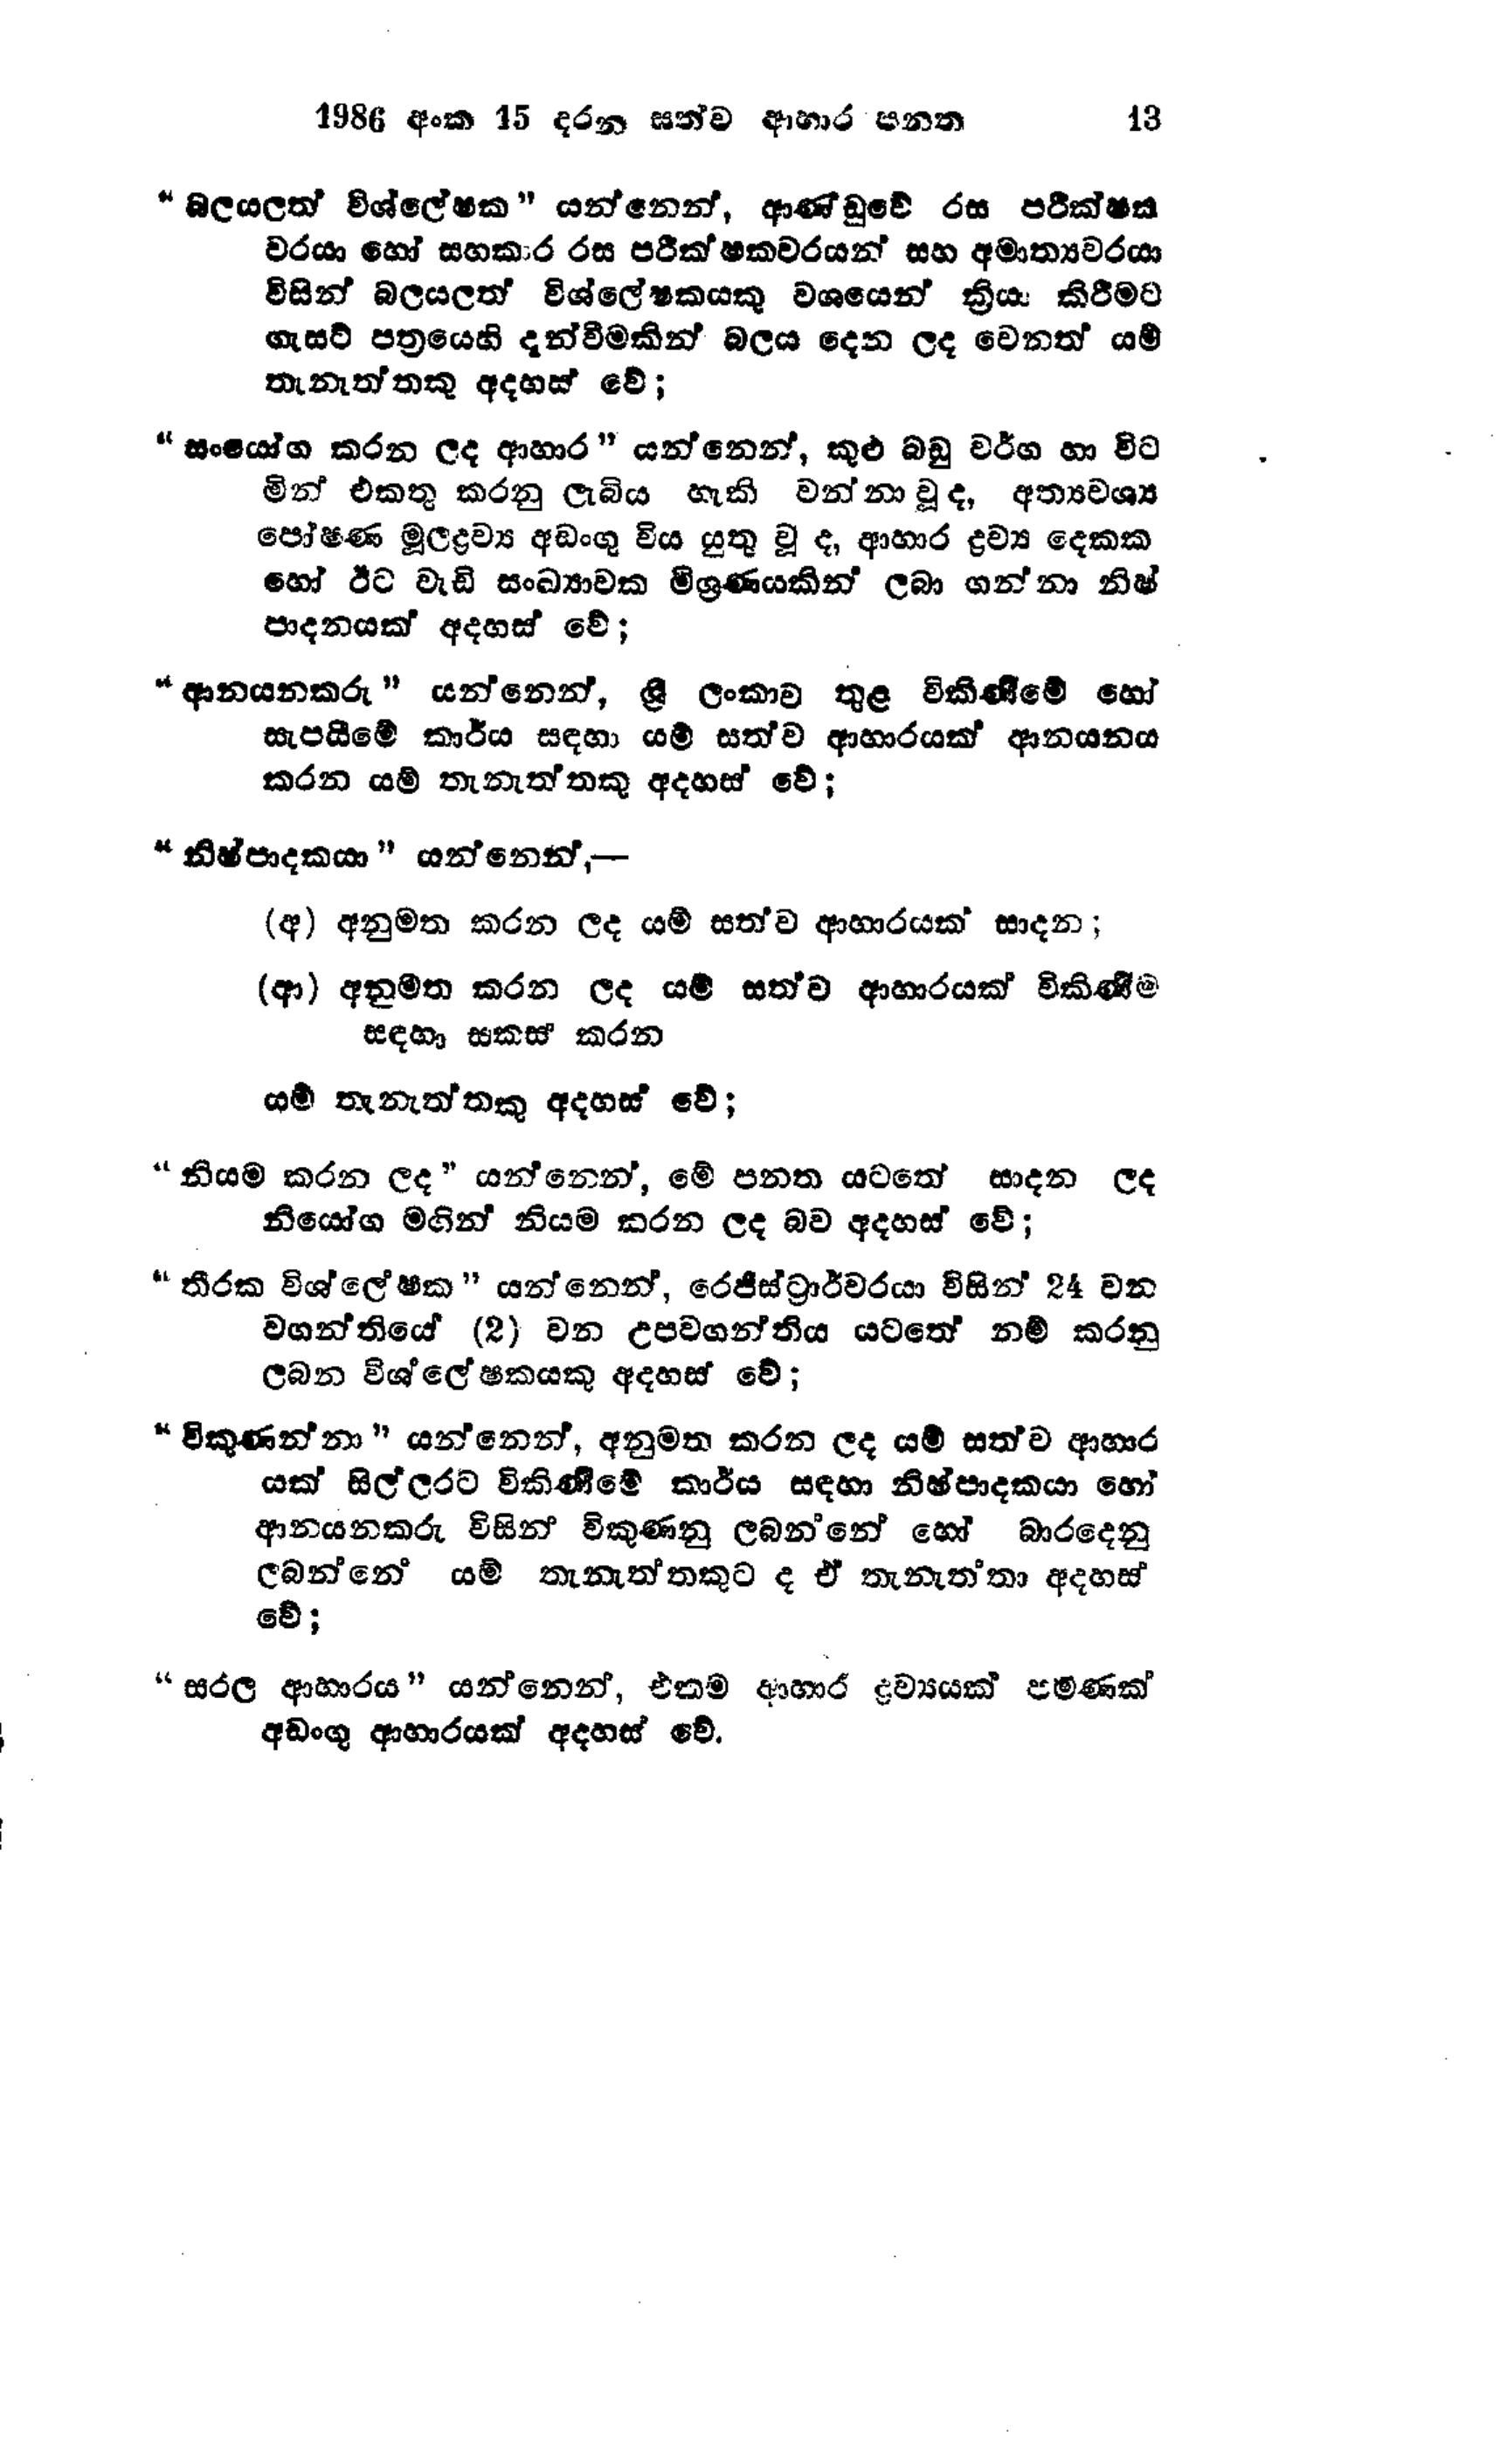
1986 අංක 45 දරන සත්ව ආහාර පනත 13

"බලයලත් විශ්ලේෂක " යන්නෙන්, ආණ්ඩුවේ රස පරීක්ෂක
වරයා හෝ සහකාර රස පරීක්ෂකවරයන් සහ අමාත්‍යවරයා
විසින් බලයලත් විශ්ලේෂකයකු වශයෙන් ක්‍රියා කිරීමට
ගැසට් පත්‍රයෙහි දැන්වීමකින් බලය දෙන ලද වෙනත් යම්
තැනැත්තකු අදහස් වේ;

"සංයෝග කරන ලද ආහාර " යන්නෙන්, කුළු බඩු වර්ග හා විට
මින් එකතු කරනු ලැබිය හැකි වන්නා වූ ද, අත්‍යවශ්‍ය
පෝෂණ මූලද්‍රව්‍ය අඩංගු විය යුතු වූ ද, ආහාර ද්‍රව්‍ය දෙකක
හෝ ඊට වැඩි සංඛ්‍යාවක මිශ්‍රණයකින් ලබා ගන්නා නිෂ්
පාදනයක් අදහස් වේ;

"ආනයනකරු " යන්නෙන්, ශ්‍රී ලංකාව තුළ විකිණීමේ හෝ
සැපයීමේ කාර්ය සඳහා යම් සත්ව ආහාරයක් ආනයනය
කරන යම් තැනැත්තකු අදහස් වේ;

"නිෂ්පාදකයා " යන්නෙන්,-

(අ) අනුමත කරන ලද යම් සත්ව ආහාරයක් සාදන;

(ආ) අනුමත කරන ලද යම් සත්ව ආහාරයක් විකිණීම
සඳහා සකස් කරන

යම් තැනැත්තකු අදහස් වේ;

"නියම කරන ලද " යන්නෙන්, මේ පනත යටතේ සාදන ලද
නියෝග මගින් නියම කරන ලද බව අදහස් වේ;

"තීරක විශ්ලේෂක " යන්නෙන්, රෙජිස්ට්‍රාර්වරයා විසින් 24 වන
වගන්තියේ (2) වන උපවගන්තිය යටතේ නම් කරනු
ලබන විශ්ලේෂකයකු අදහස් වේ;

"විකුණන්නා " යන්නෙන්, අනුමත කරන ලද යම් සත්ව ආහාර
යක් සිල්ලරට විකිණීමේ කාර්ය සඳහා නිෂ්පාදකයා හෝ
ආනයනකරු විසින් විකුණනු ලබන්නේ හෝ බාරදෙනු
ලබන්නේ යම් තැනැත්තකුට ද ඒ තැනැත්තා අදහස්
වේ;

"සරල ආහාරය" යන්නෙන්, එකම ආහාර ද්‍රව්‍යයක් පමණක්
අඩංගු ආහාරයක් අදහස් වේ.